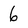
Character: 6